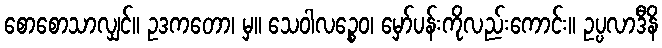
စောစောသာလျှင်။ ဥဒကတော၊ မှ။ သေဝါလဉ္စေဝ၊ မှော်ပန်းကိုလည်းကောင်း။ ဥပ္ပလာဒီနိ